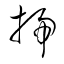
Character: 掃